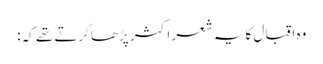
وہ اقبال کایہ شعر اکثر پڑھا کرتے تھے کہ: